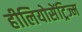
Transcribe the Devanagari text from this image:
हीलियोसेंट्रिज्म